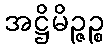
အဋ္ဌိမိဉ္ဇဉ္စ